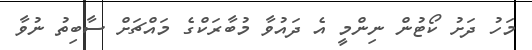
މަހު ދަށު ކޯޓުން ނިންމީ އެ ދައުވާ މުބާރަކްގެ މައްޗަށް ސާބިތު ނުވާ